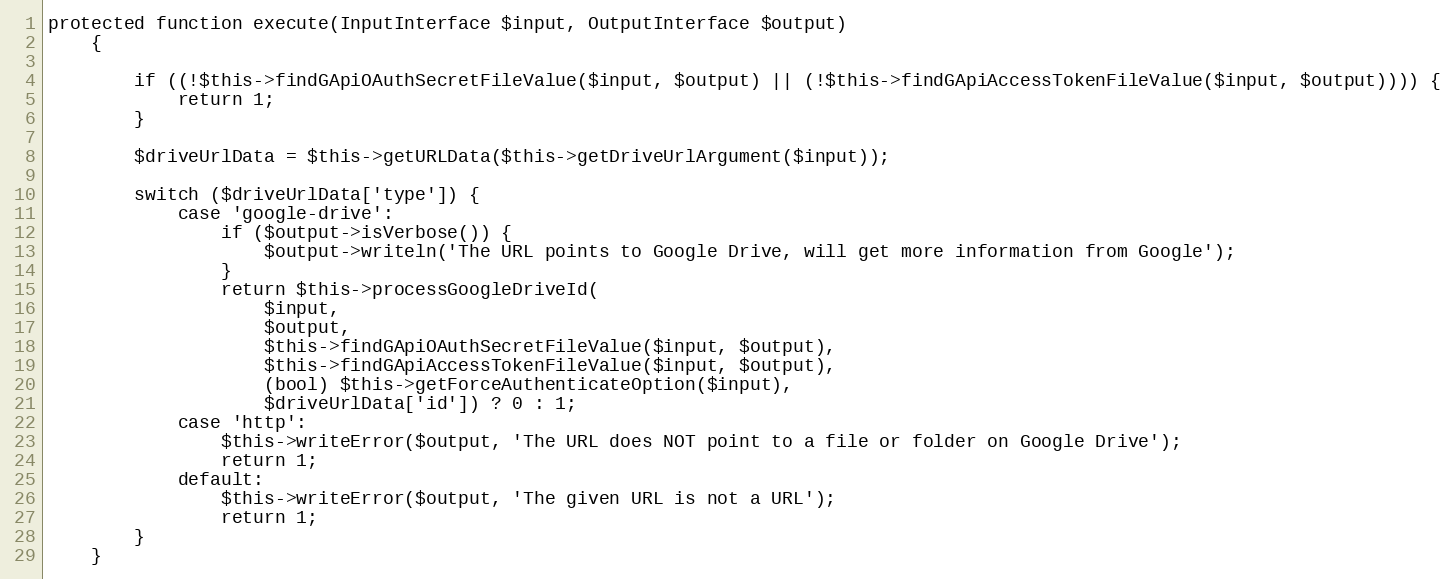
Language: PHP
protected function execute(InputInterface $input, OutputInterface $output)
    {

        if ((!$this->findGApiOAuthSecretFileValue($input, $output) || (!$this->findGApiAccessTokenFileValue($input, $output)))) {
            return 1;
        }

        $driveUrlData = $this->getURLData($this->getDriveUrlArgument($input));

        switch ($driveUrlData['type']) {
            case 'google-drive':
                if ($output->isVerbose()) {
                    $output->writeln('The URL points to Google Drive, will get more information from Google');
                }
                return $this->processGoogleDriveId(
                    $input,
                    $output,
                    $this->findGApiOAuthSecretFileValue($input, $output),
                    $this->findGApiAccessTokenFileValue($input, $output),
                    (bool) $this->getForceAuthenticateOption($input),
                    $driveUrlData['id']) ? 0 : 1;
            case 'http':
                $this->writeError($output, 'The URL does NOT point to a file or folder on Google Drive');
                return 1;
            default:
                $this->writeError($output, 'The given URL is not a URL');
                return 1;
        }
    }